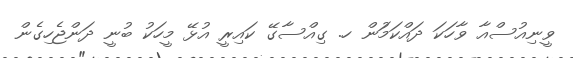
ވީނިއުސްއާ ވާހަކަ ދައްކަމަުން ހ. ގިއްސާގޭ ކައިރީ އުޅޭ މީހަކު ބުނީ ދަންޖެހިގެން